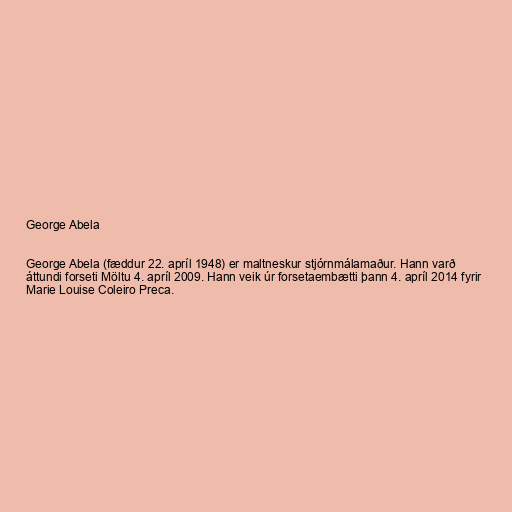
George Abela

George Abela (fæddur 22. apríl 1948) er maltneskur stjórnmálamaður. Hann varð
áttundi forseti Möltu 4. apríl 2009. Hann veik úr forsetaembætti þann 4. apríl 2014 fyrir
Marie Louise Coleiro Preca.